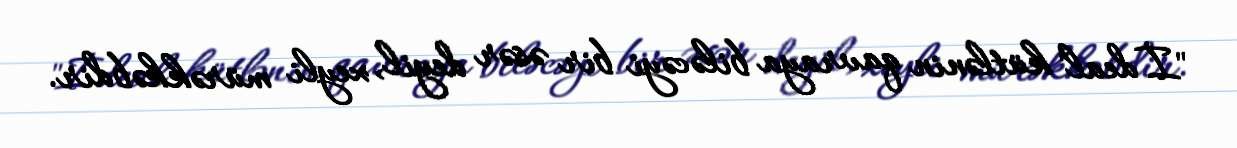
"İdeal" kütlənin qavraya biləcəyi bir əsər deyil, xeyli mürəkkəbdir.